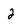
Character: 2